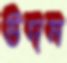
উদম